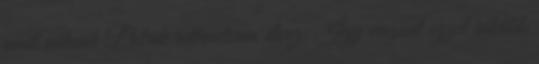
amit nálunk Patrik rettenetesen élvez. Így viszont ezzel inkább